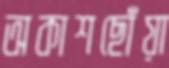
অকাশছোঁয়া